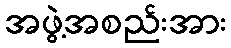
အဖွဲ့အစည်းအား